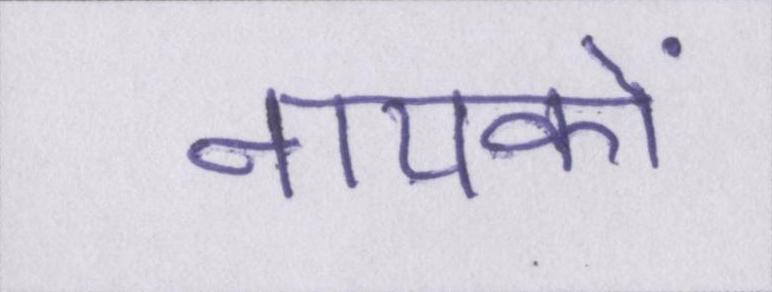
नायकों